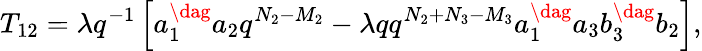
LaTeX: T_{12}=\lambda q^{-1}\left[a_{1}^{\dag}a_{2}q^{N_{2}-M_{2}}-\lambda qq^{N_{2}+N_{3}-M_{3}}a_{1}^{\dag}a_{3}b_{3}^{\dag}b_{2}\right],